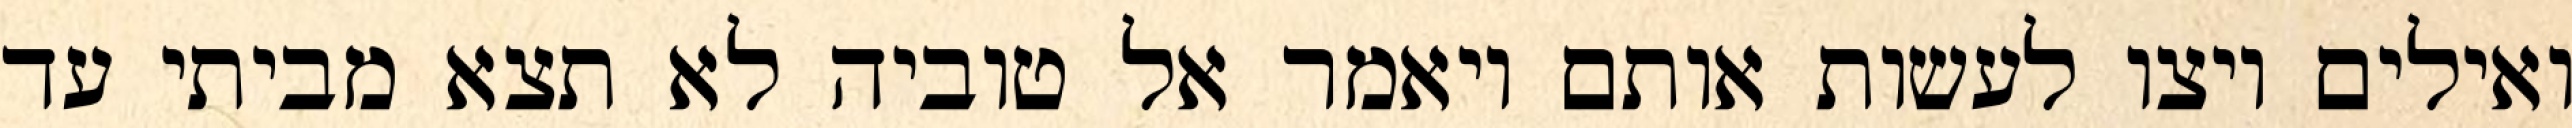
ואילים ויצו לעשות אותם ויאמר אל טוביה לא תצא מביתי עד